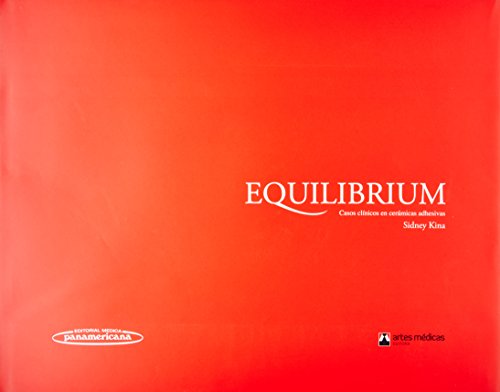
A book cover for Equilibrium: Casos Clinicos En Ceramicas Adhesivas. (Spanish Edition); Sidney Kina; Medical Books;